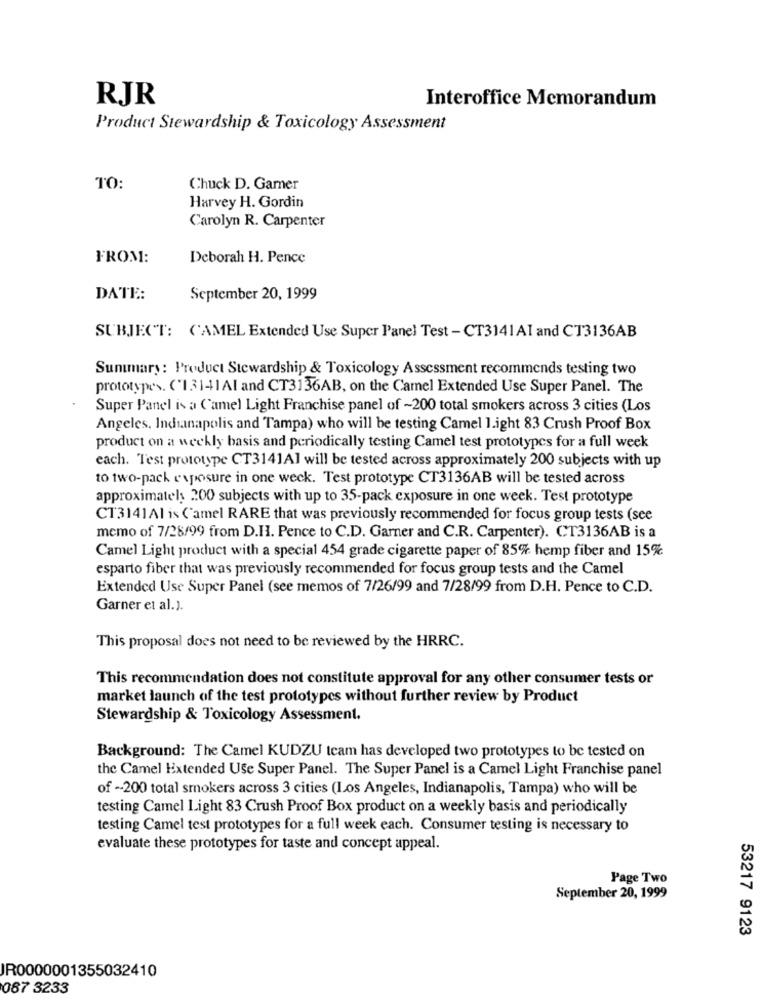
RJR
Interoffice Memorandum
Product Stewardship & Toxicology Assessment
TO:
Chuck D. Garner
Harvey H. Gordin
Carolyn R. Carpenter
FROM:
Deborah H. Pence
DATE:
September 20, 1999
SUBJECT: C'AMEL Extended Use Super Panel Test - CT3141AI and CT3136AB
Summary: Product Stewardship & Toxicology Assessment recommends testing two
prototypes. ('131-41Al and CT3136AB, on the Camel Extended Use Super Panel. The
Super Panel is a Camel Light Franchise panel of ~200 total smokers across 3 cities (Los
Angeles. Indianapolis and Tampa) who will be testing Camel 1.ight 83 Crush Proof Box
product on a weekly basis and periodically testing Camel test prototypes for a full week
each. Test prototype CT3141Al will be tested across approximately 200 subjects with up
to two-pack exposure in one week. Test prototype CT3136AB will be tested across
approximately 200 subjects with up to 35-pack exposure in one week. Test prototype
CT3141AI is ('amel RARE that was previously recommended for focus group tests (see
memo of 7/28/99 from D.H. Pence to C.D. Garner and C.R. Carpenter). CT3136AB is a
Camel Light product with a special 454 grade cigarette paper of 85% hemp fiber and 15%
esparto fiber that was previously recommended for focus group tests and the Camel
Extended Use Super Panel (see memos of 7/26/99 and 7/28/99 from D.H. Pence to C.D.
Garner et al.).
This proposal does not need to be reviewed by the HRRC.
This recommendation does not constitute approval for any other consumer tests or
market launch of the test prototypes without further review by Product
Stewardship & Toxicology Assessment.
Background: The Camel KUDZU team has developed two prototypes to be tested on
the Camel Extended Use Super Panel. The Super Panel is a Camel Light Franchise panel
of -- 200 total smokers across 3 cities (Los Angeles, Indianapolis, Tampa) who will be
testing Camel Light 83 Crush Proof Box product on a weekly basis and periodically
testing Camel test prototypes for a full week each. Consumer testing is necessary to
evaluate these prototypes for taste and concept appeal.
Page Two
September 20, 1999
53217 9123
JR0000001355032410
087 3233